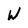
Character: W